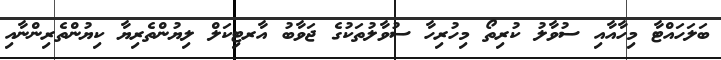
ބަލަހައްޓާ މިހާއާއި ސުވާލު ކުރިތޯ މިހުރިހާ ސުވާލުތަކުގެ ޖަވާބު އާރޓިކަލް ލިޔުންތެރިޔާ ކިޔުންތެރިންނާއި